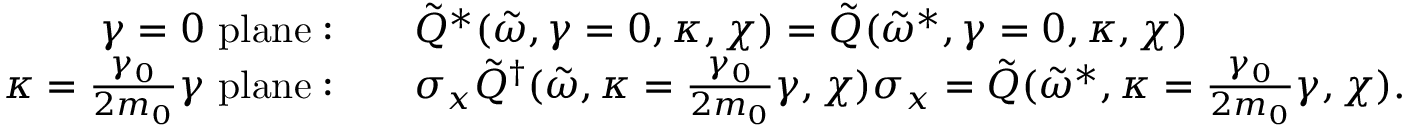
\begin{array} { r l } { \gamma = 0 \ \mathrm { p l a n e : } } & { \quad \tilde { Q } ^ { * } ( \tilde { \omega } , \gamma = 0 , \kappa , \chi ) = \tilde { Q } ( \tilde { \omega } ^ { * } , \gamma = 0 , \kappa , \chi ) } \\ { \kappa = \frac { \gamma _ { 0 } } { 2 m _ { 0 } } \gamma \ \mathrm { p l a n e : } } & { \quad \sigma _ { x } \tilde { Q } ^ { \dagger } ( \tilde { \omega } , \kappa = \frac { \gamma _ { 0 } } { 2 m _ { 0 } } \gamma , \chi ) \sigma _ { x } = \tilde { Q } ( \tilde { \omega } ^ { * } , \kappa = \frac { \gamma _ { 0 } } { 2 m _ { 0 } } \gamma , \chi ) . } \end{array}